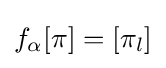
\displaystyle {f_{\alpha }[\pi ]=[\pi _{l}]}